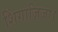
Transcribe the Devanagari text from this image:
शिंगाज़िजा।